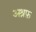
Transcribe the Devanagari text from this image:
अश्रफ़